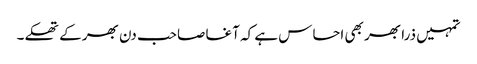
تمہیں ذرا بھر بھی احساس ہے کہ آغا صاحب دن بھر کے تھکے۔